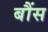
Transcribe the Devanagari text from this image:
बौंस